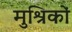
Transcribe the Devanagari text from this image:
मुश्रिकों